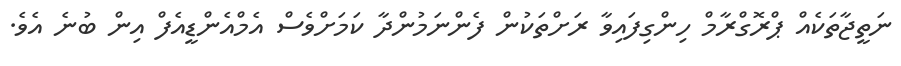
ނަތީޖާތަކެއް ޕްރޮގްރާމް ހިންގިފައިވާ ރަށްތަކުން ފެންނަމުންދާ ކަމަށްވެސް އެމްއެންޑީއެފް އިން ބުނެ އެވެ.